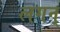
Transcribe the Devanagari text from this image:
लगन्